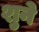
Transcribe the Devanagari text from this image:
शुने